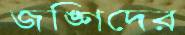
জঙ্গিদের